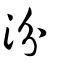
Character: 汾